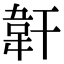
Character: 𩎒